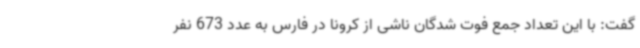
گفت: با این تعداد جمع فوت شدگان ناشی از کرونا در فارس به عدد 673 نفر